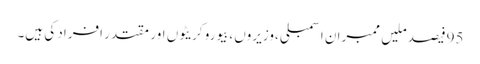
95فیصد ملیں ممبران اسمبلی ،وزیروں ،بیورو کریٹوں اور مقتدر افراد کی ہیں۔